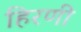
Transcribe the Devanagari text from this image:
हिरणी